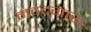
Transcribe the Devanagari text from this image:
मददगार।